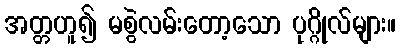
အတ္တဟူ၍ မစွဲလမ်းတော့သော ပုဂ္ဂိုလ်များ။